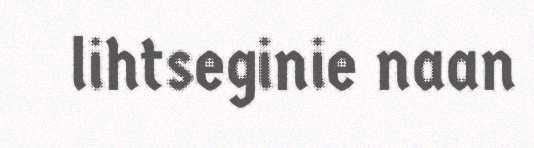
lihtseginie naan